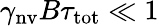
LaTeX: \gamma_{\mathrm{nv}}B\tau_{\mathrm{tot}}\ll 1